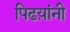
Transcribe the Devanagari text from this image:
पिढय़ांनी